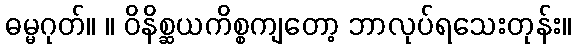
ဓမ္မဂုတ်။ ။ ဝိနိစ္ဆယကိစ္စကျတော့ ဘာလုပ်ရသေးတုန်း။